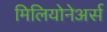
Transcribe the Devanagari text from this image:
मिलियोनेअर्स